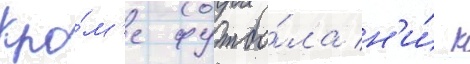
Кро́м'е футбо́ла н'и́ к